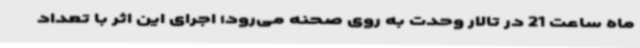
ماه ساعت 21 در تالار وحدت به روی صحنه می‌رود؛ اجرای این اثر با تعداد